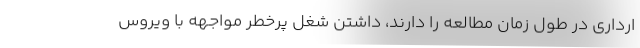
ارداری در طول زمان مطالعه را دارند، داشتن شغل پرخطر مواجهه با ویروس